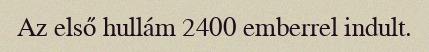
Az első hullám 2400 emberrel indult.